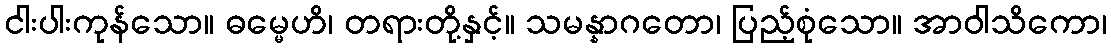
ငါးပါးကုန်သော။ ဓမ္မေဟိ၊ တရားတို့နှင့်။ သမန္နာဂတော၊ ပြည့်စုံသော။ အာဝါသိကော၊